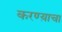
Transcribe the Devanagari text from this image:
करण्य़ाचा